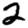
Digit: 2